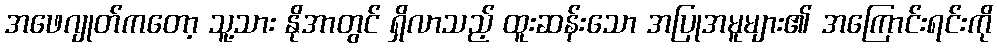
အဖေဂျုတ်ကတော့ သူ့သား နိုအာတွင် ရှိလာသည့် ထူးဆန်းသော အပြုအမူများ၏ အကြောင်းရင်းကို